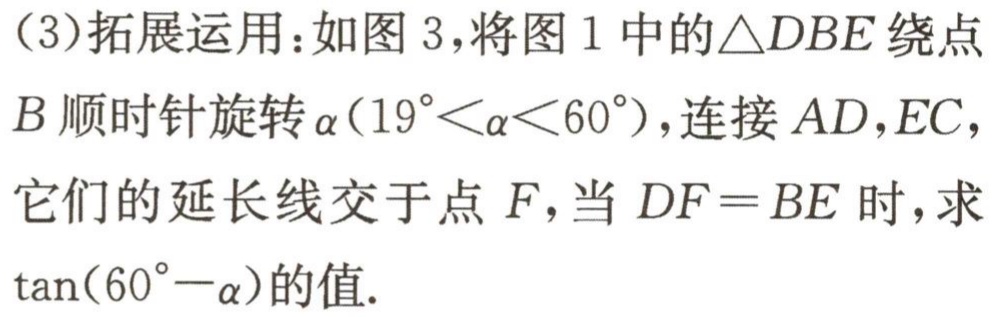
(3)拓展运用：如图3，将图1中的$\triangle DBE$绕点$B$顺时针旋转$\alpha(19^{\circ}<\alpha<60^{\circ})$，连接$AD,EC$，它们的延长线交于点$F$，当$DF = BE$时，求$\tan(60^{\circ}-\alpha)$的值.